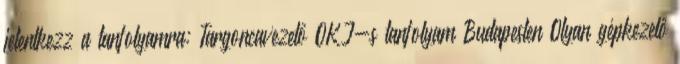
jelentkezz a tanfolyamra: Targoncavezető OKJ-s tanfolyam Budapesten Olyan gépkezelő